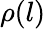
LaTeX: \rho(l)